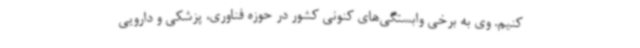
کنیم. وی به برخی وابستگی‌های کنونی کشور در حوزه فناوری، پزشکی و دارویی